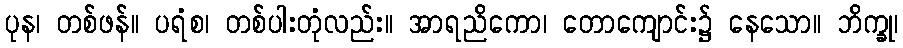
ပုန၊ တစ်ဖန်။ ပရံစ၊ တစ်ပါးတုံလည်း။ အာရညိကော၊ တောကျောင်း၌ နေသော။ ဘိက္ခု၊